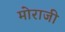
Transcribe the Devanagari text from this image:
मोराजी